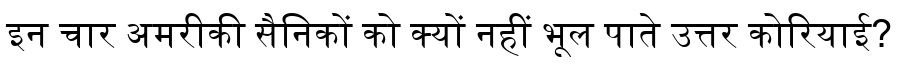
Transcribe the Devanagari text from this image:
इन चार अमरीकी सैनिकों को क्यों नहीं भूल पाते उत्तर कोरियाई?